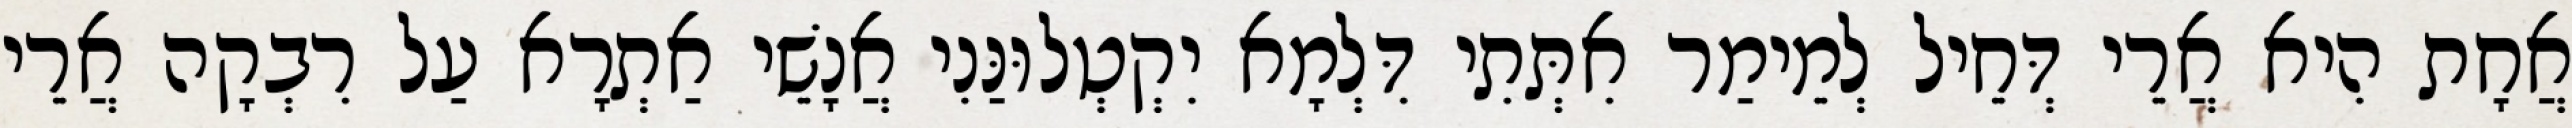
אֲחָת הִיא אֲרֵי דְּחֵיל לְמֵימַר אִתְּתִי דִּלְמָא יִקְטְלוּנַּנִי אֲנָשֵׁי אַתְרָא עַל רִבְקָה אֲרֵי